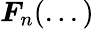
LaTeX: \boldsymbol{F}_{n}(...)